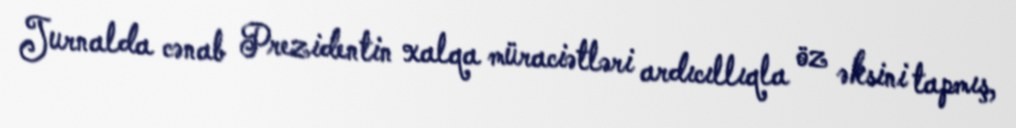
Jurnalda cənab Prezidentin xalqa müraciətləri ardıcıllıqla öz əksini tapmış,